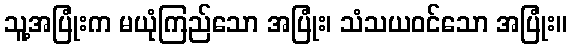
သူ့အပြုံးက မယုံကြည်သော အပြုံး၊ သံသယဝင်သော အပြုံး။